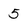
Character: 5